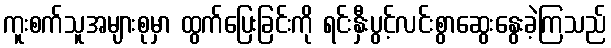
ကူးစက်သူအများစုမှာ ထွက်ပြေးခြင်းကို ရင်းနှီးပွင့်လင်းစွာဆွေးနွေးခဲ့ကြသည်